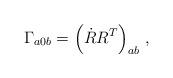
LaTeX: \begin{align*}\Gamma_{a0b} = \left(\dot{ R} R^T \right)_{ab}\, ,\end{align*}